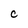
Character: C